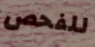
للفحص